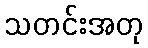
သတင်းအတု